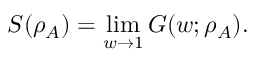
S ( \rho _ { A } ) = \operatorname* { l i m } _ { w \to 1 } G ( w ; \rho _ { A } ) .